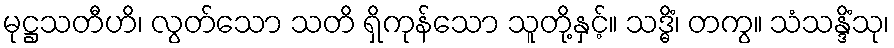
မုဋ္ဌသတီဟိ၊ လွတ်သော သတိ ရှိကုန်သော သူတို့နှင့်။ သဒ္ဓိံ၊ တကွ။ သံသန္ဒိံသု၊